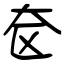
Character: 奁